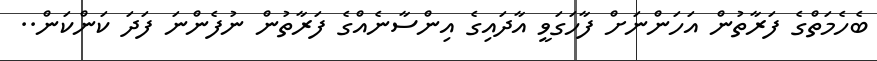
ބެހެމަތްގެ ފަރާތުން އަހަންނަށް ފާހަގަވީ އާދައިގެ އިންސާނެއްގެ ފަރާތުން ނުފެންނަ ފަދަ ކަންކަން..